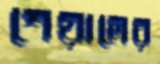
শেয়ালের